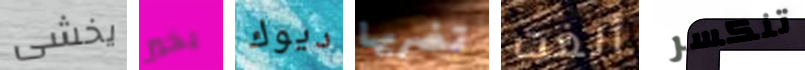
يخشى بخير ديوك تضربها ألغت تنكسر